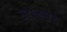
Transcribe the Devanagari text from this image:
म्हाळसेस